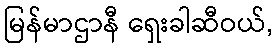
မြန်မာဌာနီ ရှေးခါဆီဝယ်,